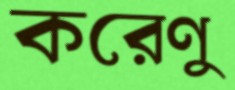
করেণু